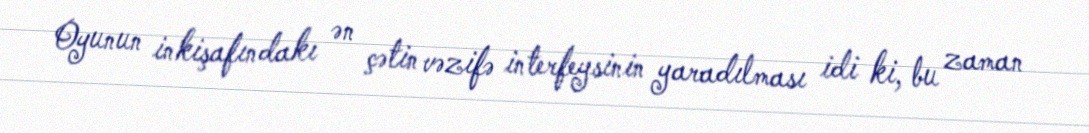
Oyunun inkişafındakı ən çətin vəzifə interfeysinin yaradılması idi ki, bu zaman